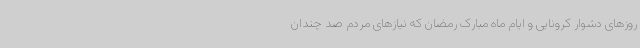
روزهای دشوار کرونایی و ایام ماه مبارک رمضان که نیازهای مردم صد چندان